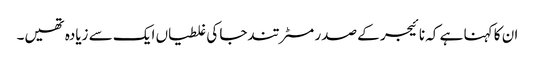
ان کا کہنا ہے کہ نائیجر کے صدر مسٹر تندجا کی غلطیاں ایک سے زیادہ تھیں۔